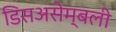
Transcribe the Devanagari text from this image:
डिसअसेम्बली